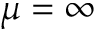
\mu = \infty